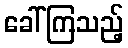
ခေါ်ကြသည့်